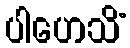
ပါဟေသိံ